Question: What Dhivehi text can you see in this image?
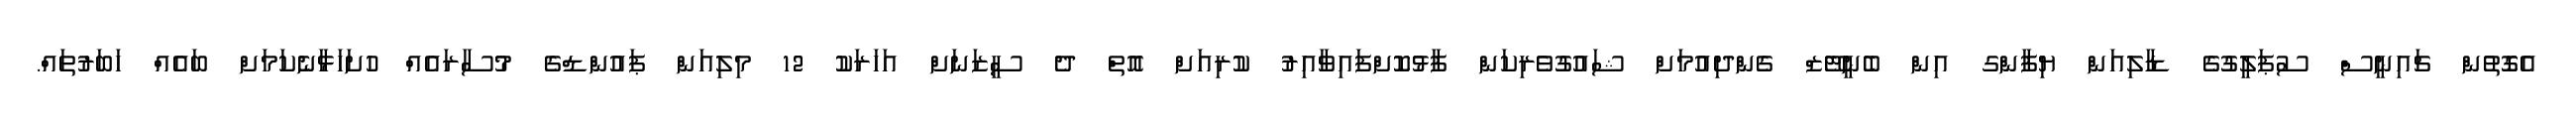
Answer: އެގޮތުން ޗައިނީސް ސުޕަލީގުގެ ޑާލިއަން ޔިފާންގ އިން ބެނީޓޭޒް ގެންދިއުމަށް ޝައުގުވެރިކަން ފާޅުކޮށްފައިވާއިރު ކުރިއަށް އޮތް ދެ ސީޒަނަށް އަހަރަކު 12 މިލިއަން ޕައުންޑްގެ މުސާރައެއް ހުށަހަޅާނެކަމަށް ބައެއް ހަބަރުތައް.